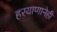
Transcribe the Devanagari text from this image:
हरयाणानेही